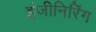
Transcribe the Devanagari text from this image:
इंजीनिरिंग